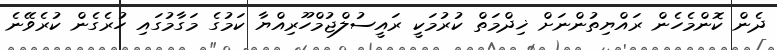
ދެން ކޮންމެހެން ރައްޔިތުންނަށް ޚިދްމަތް ކުރުމަކީ ރައީސުލްޖުމްހޫރިއްޔާ ކަމުގެ މަގާމުގައި ހުރެގެން ކުރެވޭނެ